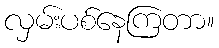
လှမ်းပစ်နေကြတာ။